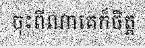
ចុះពីណាគេក៏ចិត្ត